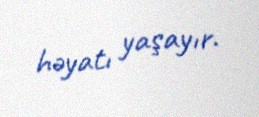
həyatı yaşayır.